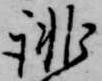
誹